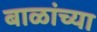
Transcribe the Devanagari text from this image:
बाळांच्या